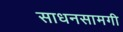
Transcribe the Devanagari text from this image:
साधनसामगी